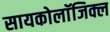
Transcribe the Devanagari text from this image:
सायकोलाॅजिक्ल